Bréfritari: Jakobína Jónsdóttir
Viðtakandi: Sólveig Jónsdóttir
Dagsetning: A-1858-08-23
Skrifað á: Hólmum  S-Múl.
systir bréfviðtakanda

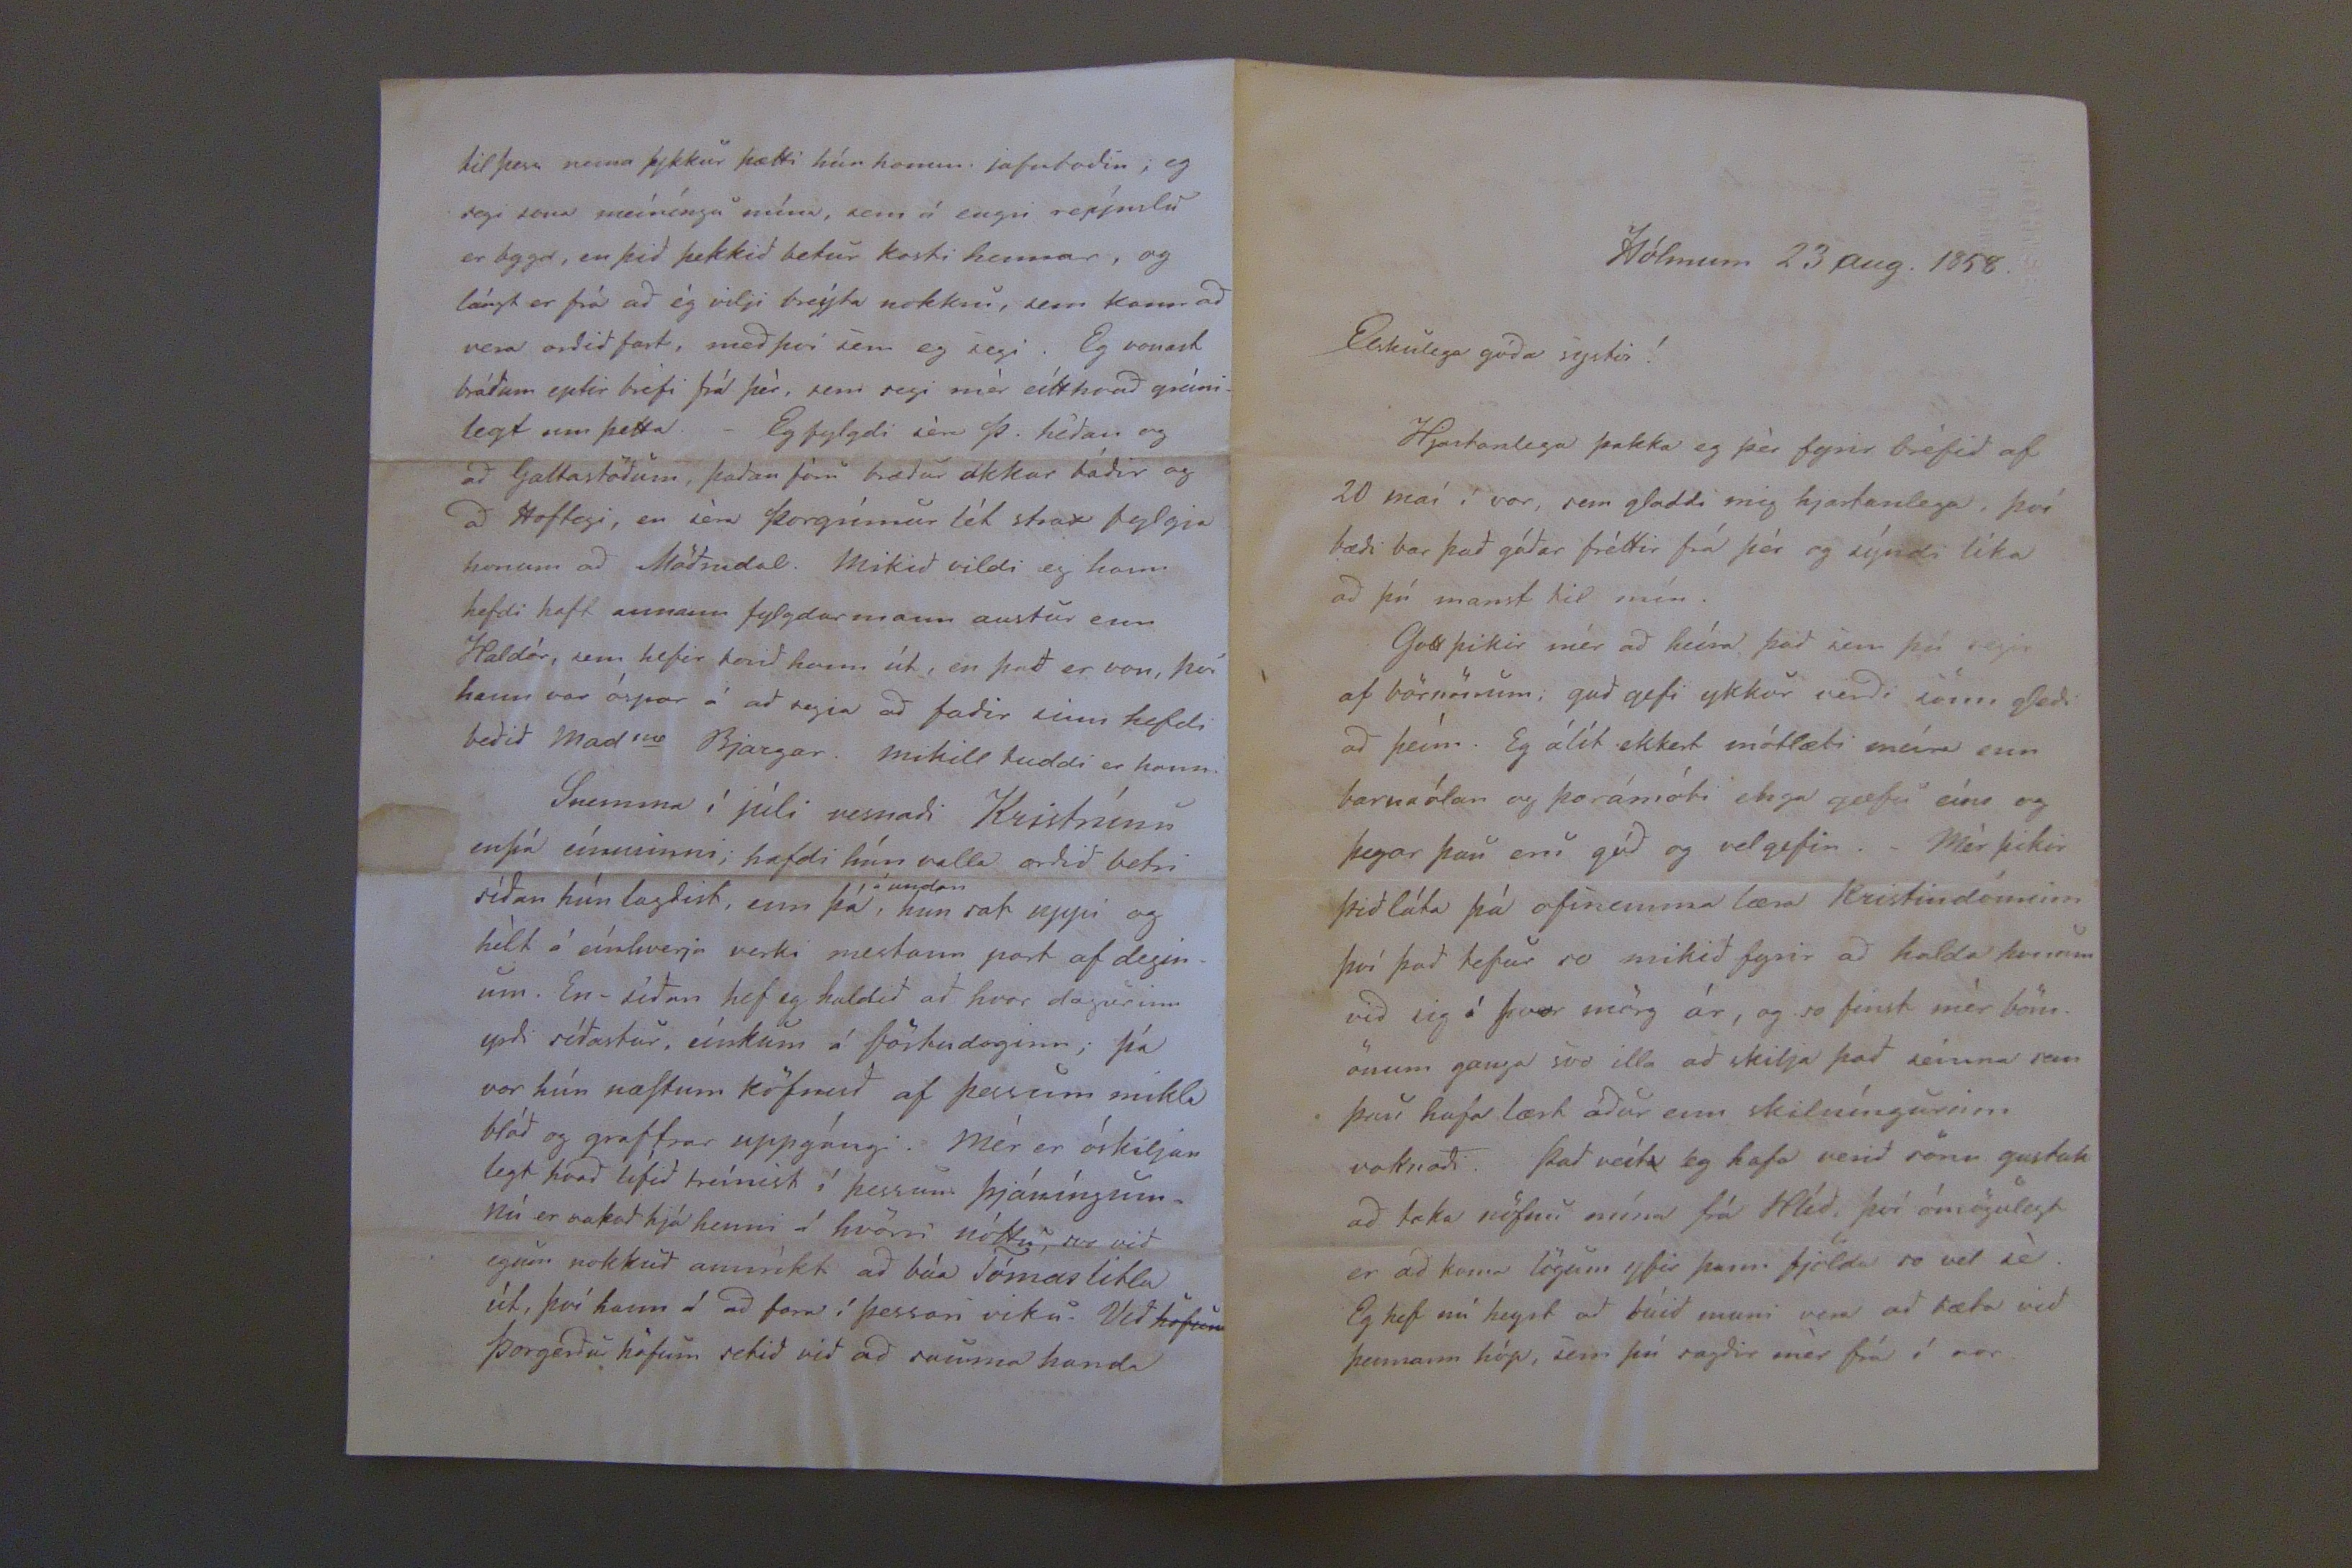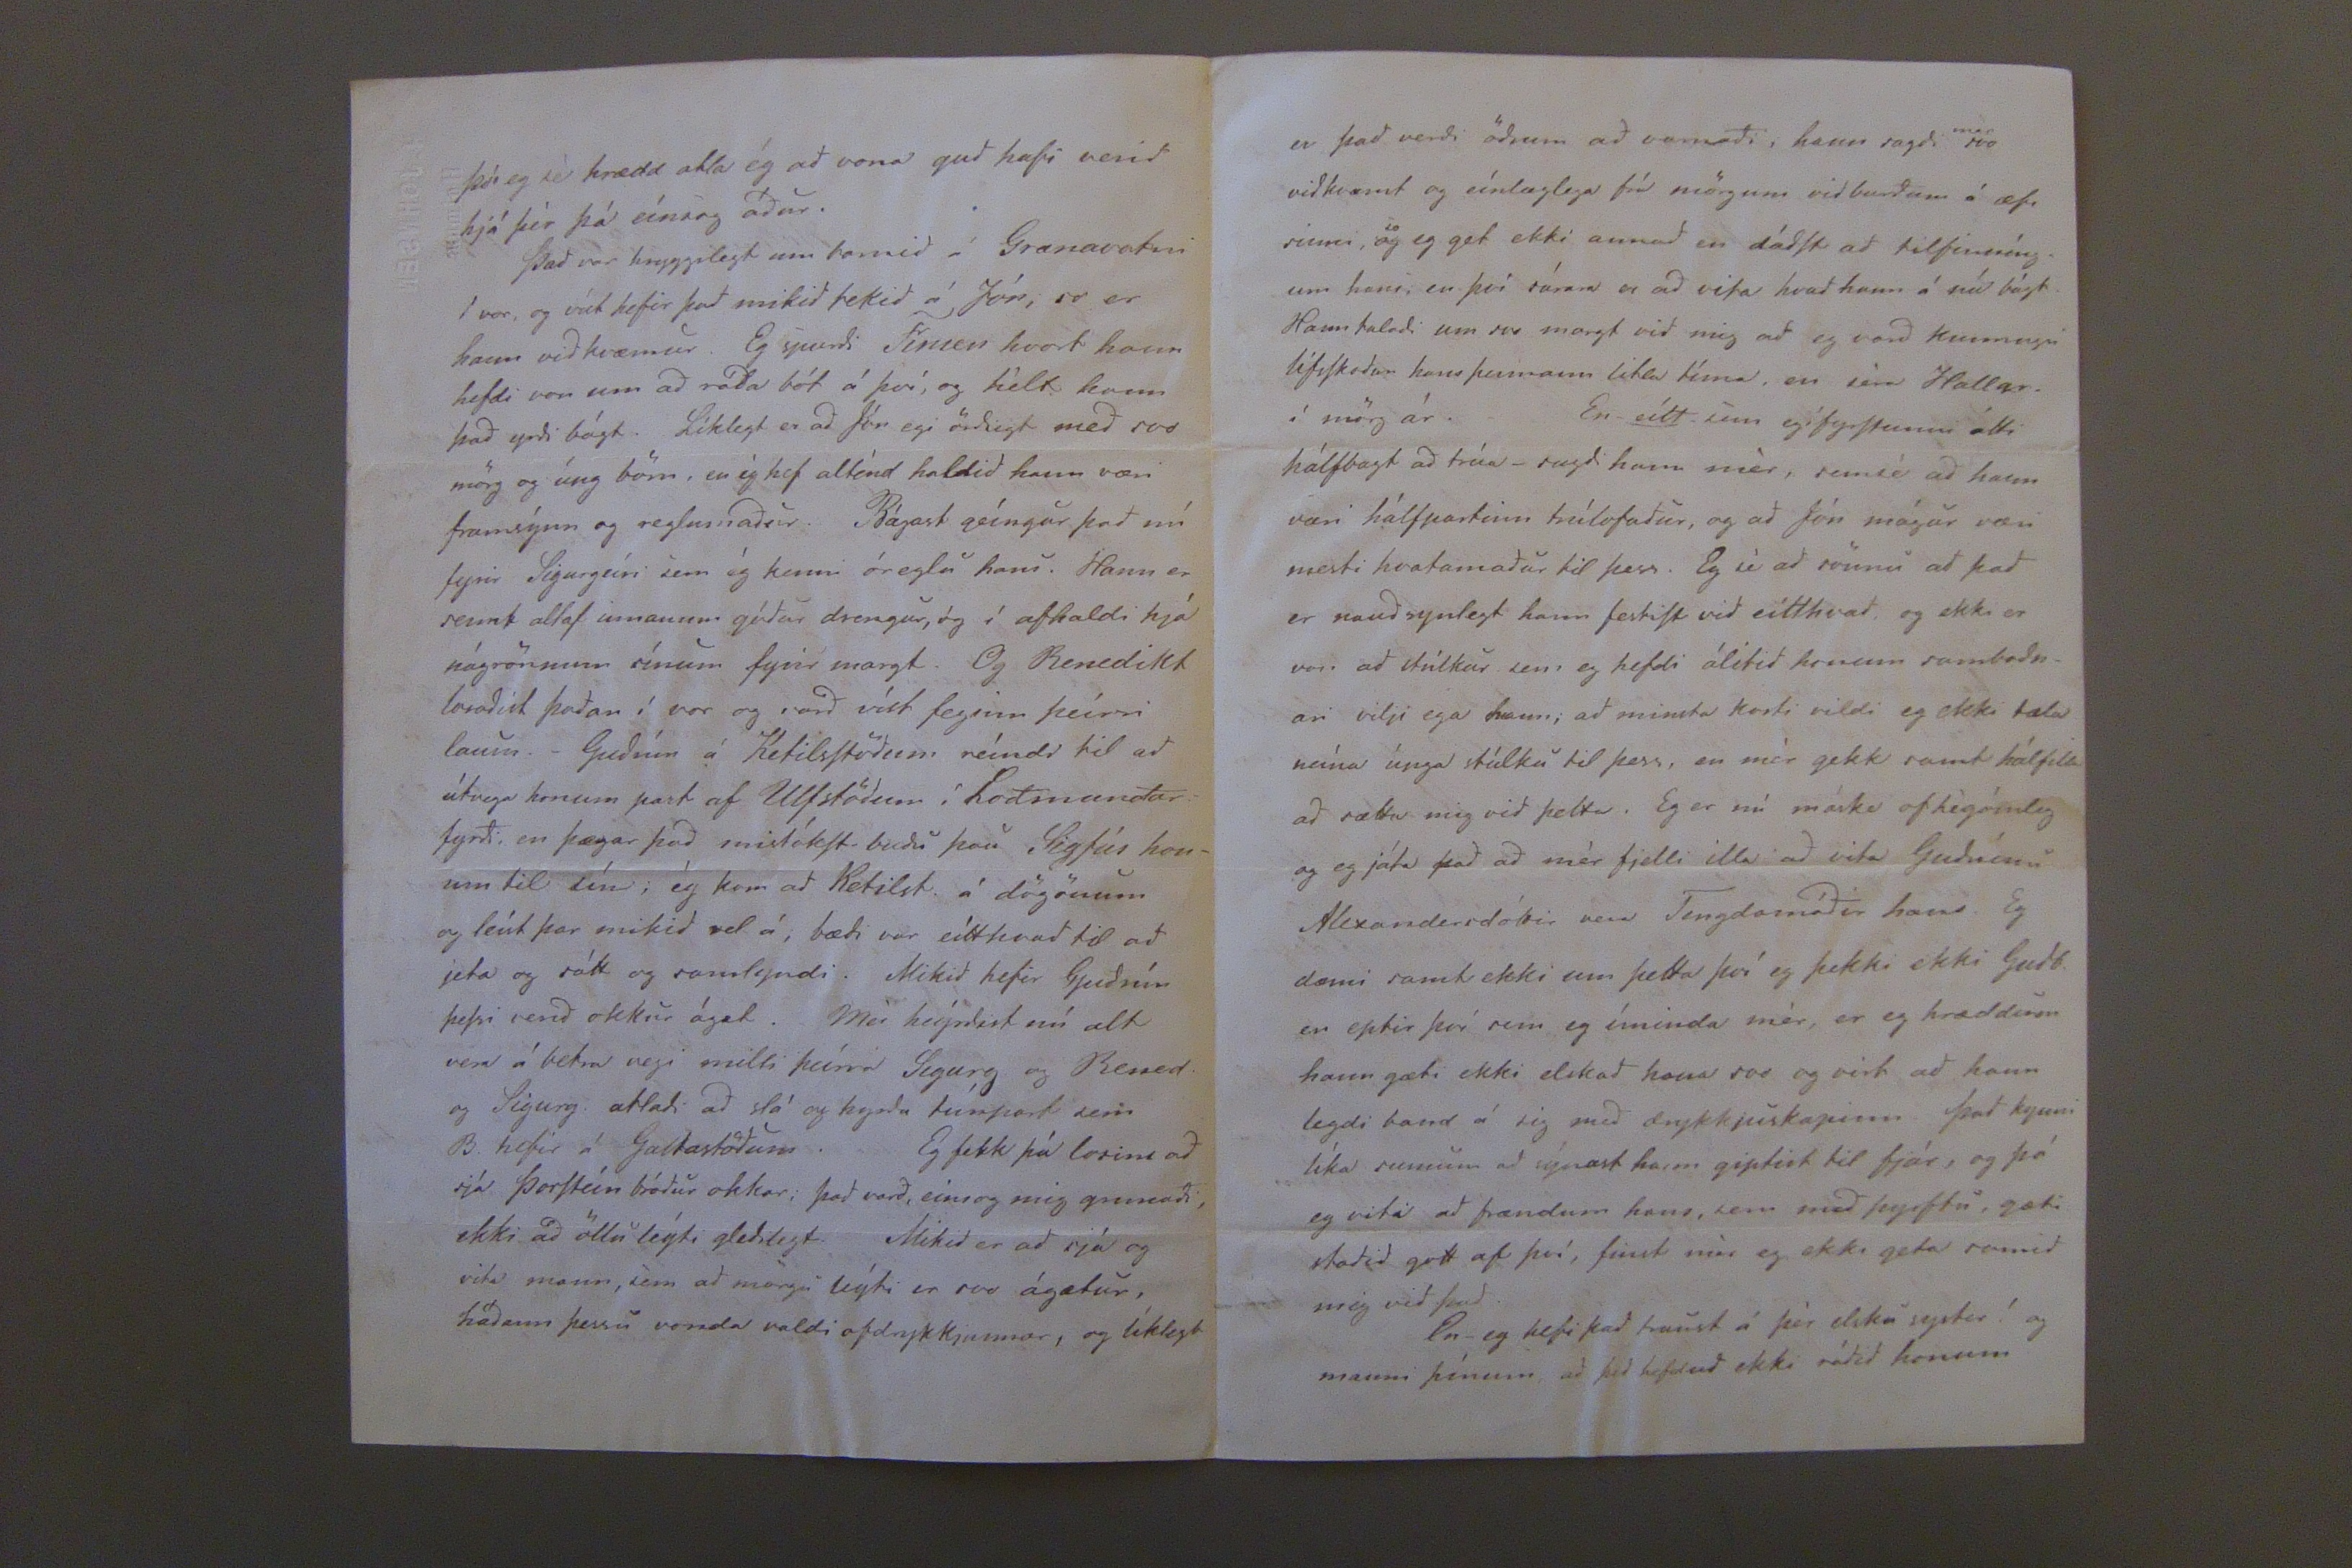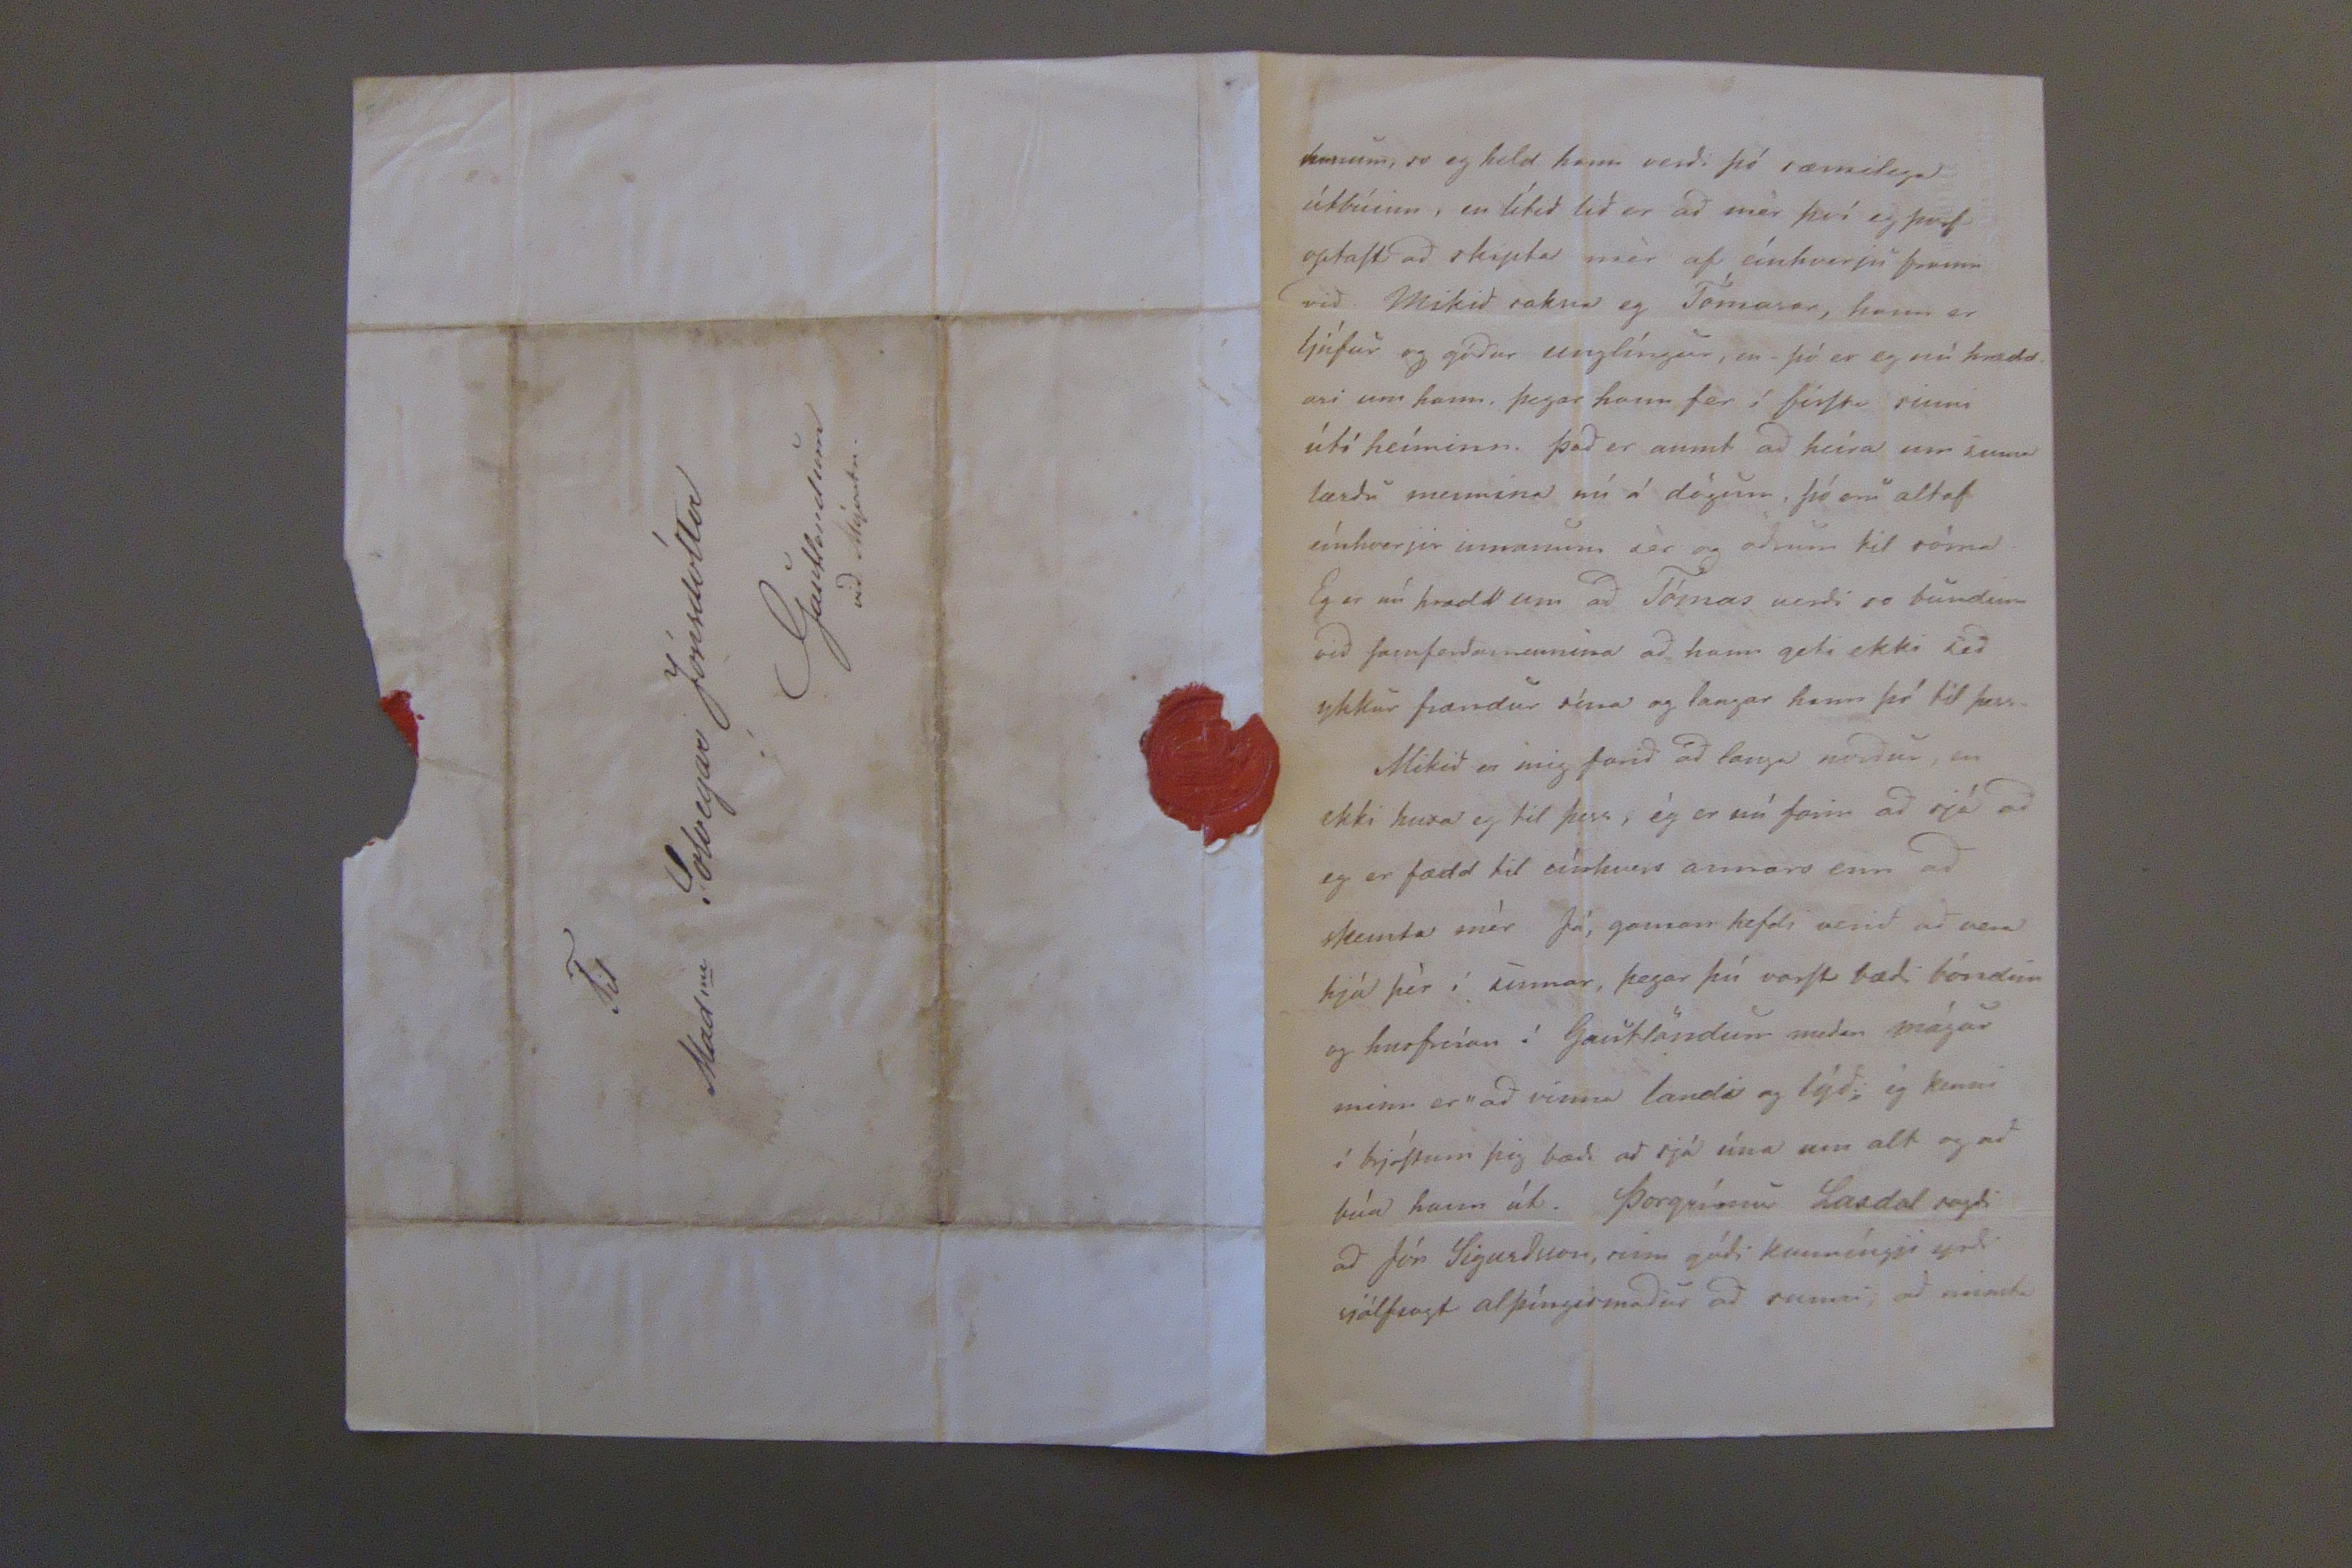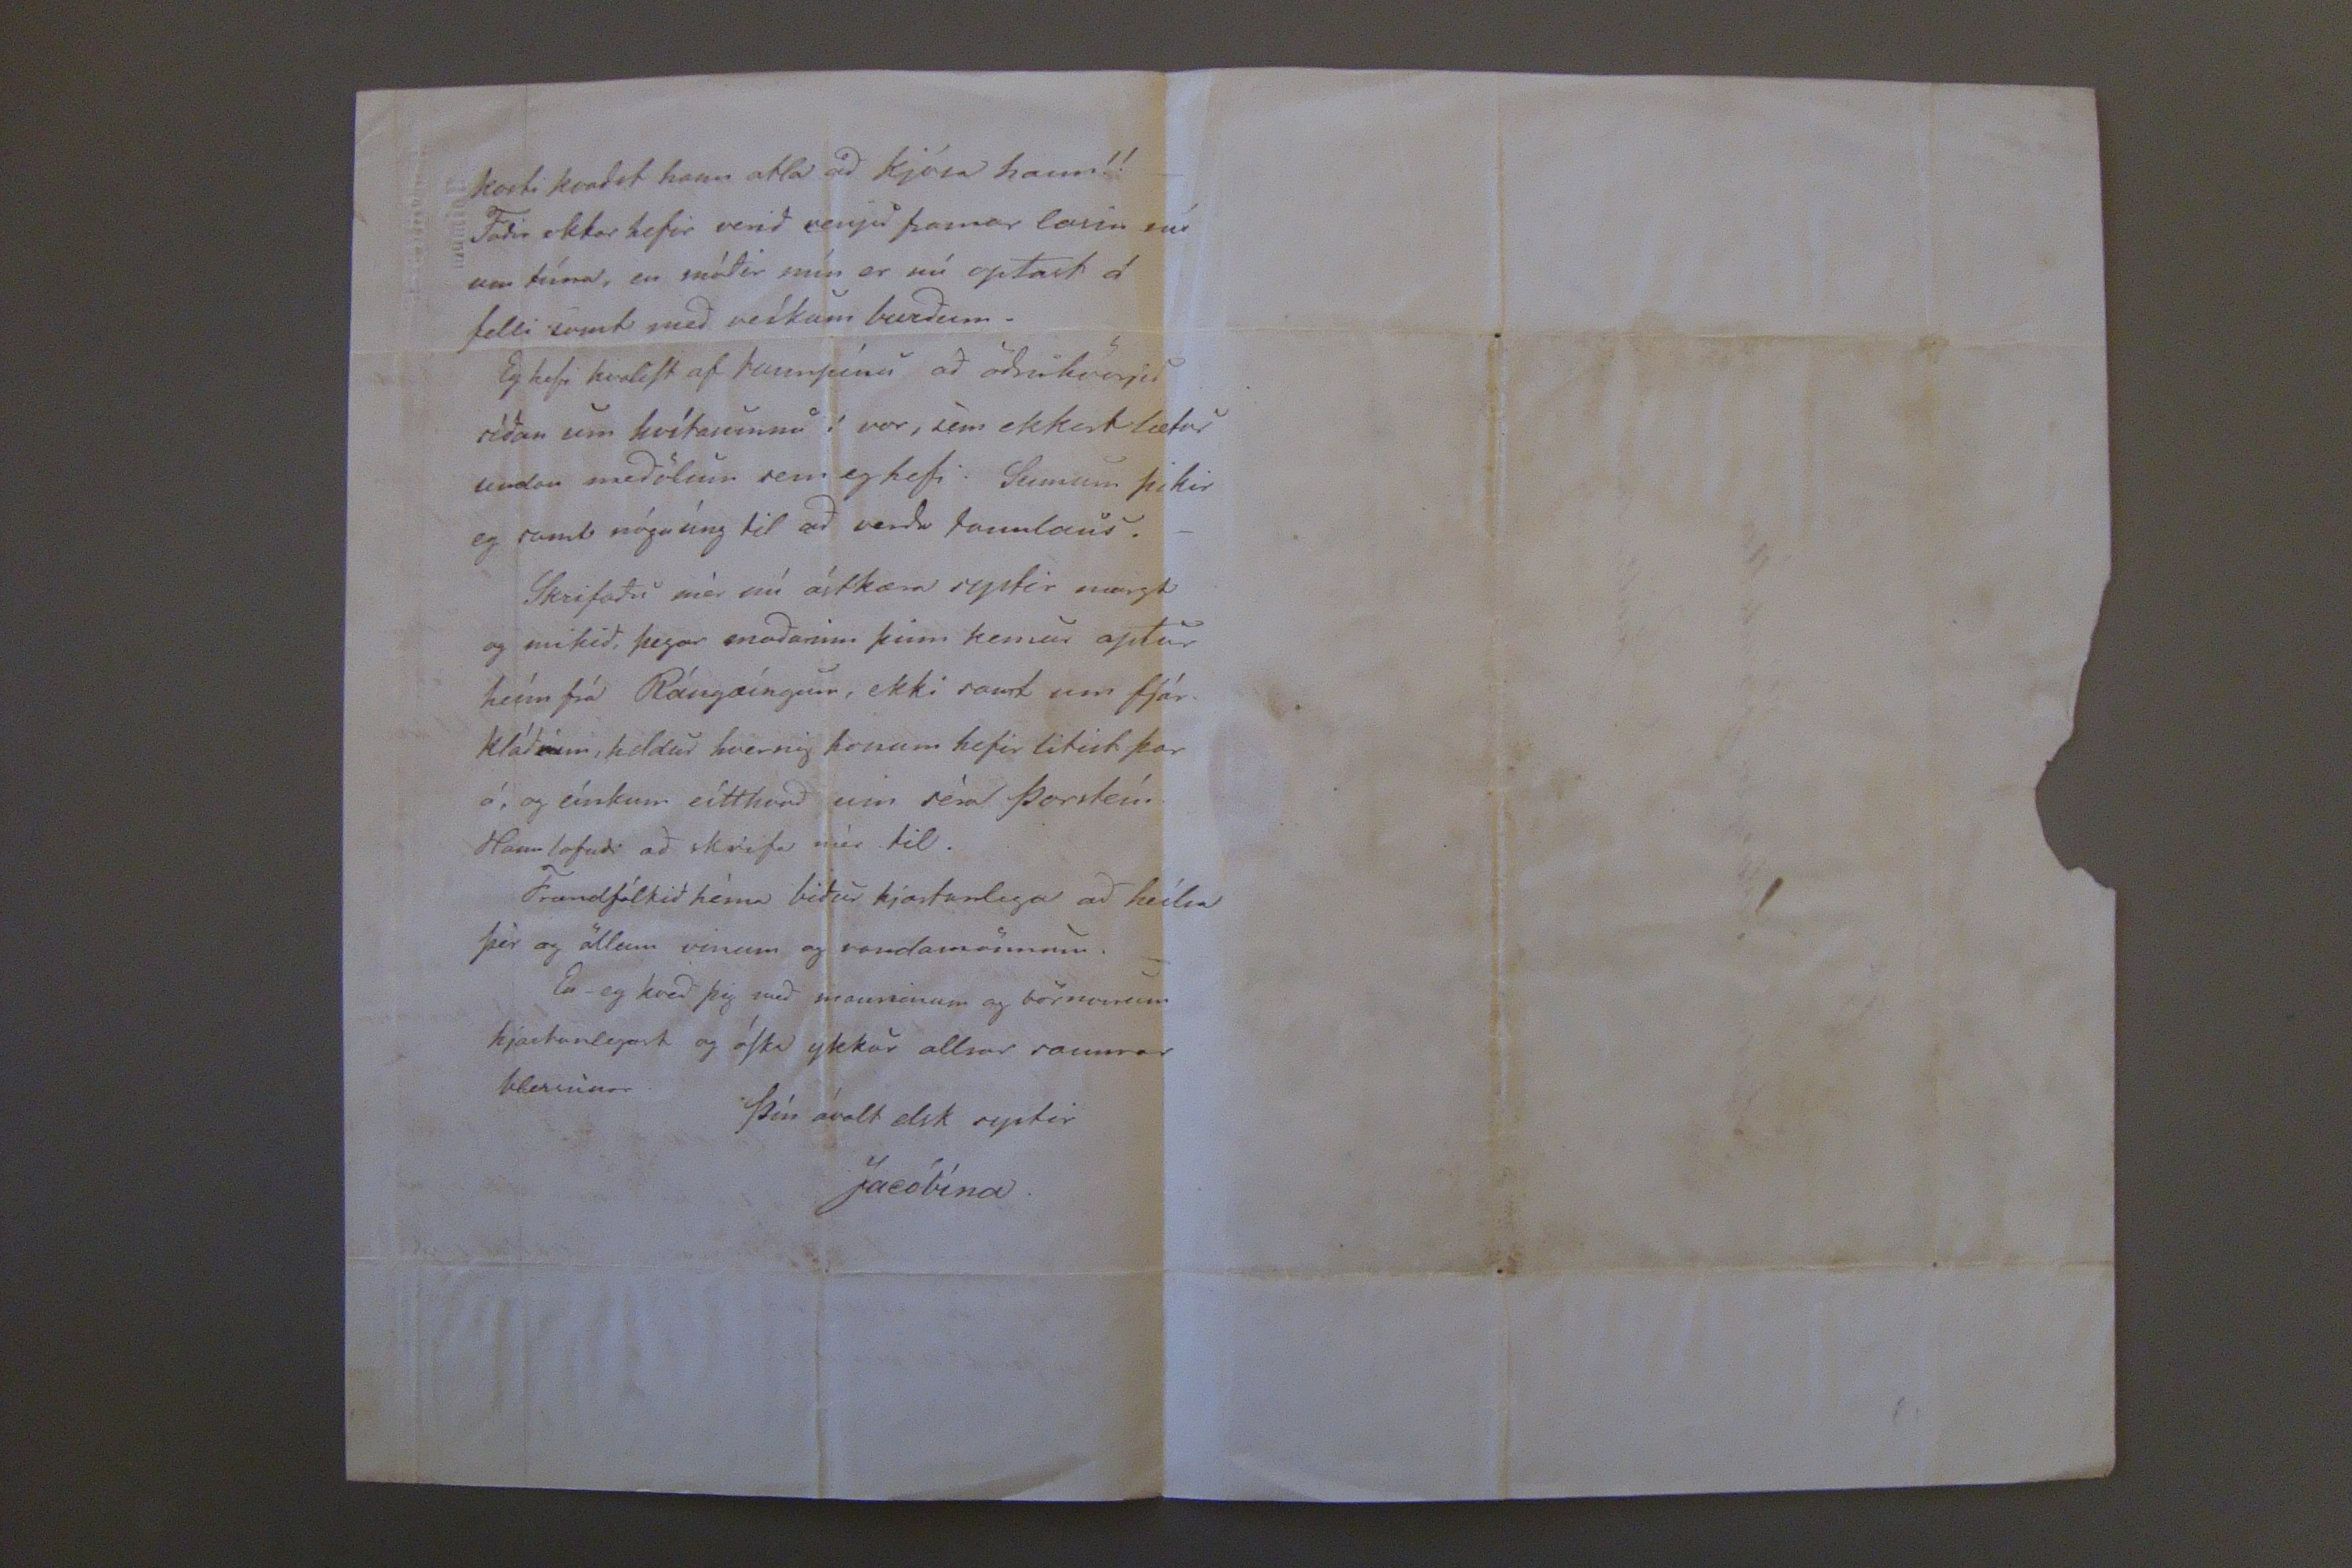

Hólmum 23 aug. 1858.
Elskulega góda systir!
Hjartanlega þakka eg þér bréfid af 20 maí í vor, sem gladdi mig hjartanlega, því bædi bar þad gódar fréttir frá þér og sýndi líka ad þú manst til mín.
Gott þikir mér ad heíra þad sem þú segir af börnönum; gud gefi ykkur versi sönn gledi ad þeím. Eg álít ekkert mótlæti meíra enn barnsálan og þarámóti enga gæfu eíns og þegar þau eru gód og velgefin. -Mér þikir þidláta þá ofsnemma læra Kristindóminn því þad hefur so mikid fyrir ad halda honum vid sig í hve mörg ár, og so finst mér börnönum ganga svo illa ad skilja þad seinna sem þau hafa lært ádur enn skilníngurinn vaknadi. Þad veít eg hafa verid sönn gestak ad taka nöfnu mína frá Hlíd, því ómögulegt er ad koma lögum yfir þann fjölda so vel sé. Eg hef nú heyrt ad búid muni vera ad bæta vid þennann hóp, sem þú sagdir mér frá í vor.
Þó eg sé hrædd ætla ég ad vona gud hafi verid hjá þér þá eínsog ádur.
Þad var hryggilegt um barnid á Grænavatni í vor, og víst hefir þad mikid tekid á Jón, so er hann vidkvæmur. Eg spurdi Finsen hvort hann hefdi von um ad ráda bót á því, og hélt hann þad yrdi bágt. Líklegt er ad Jón egi ördugt med svo mörg og úng börn, en ég hef altínd haldid hann væri framsýnn og reglumadur. Bágast geíngur þad nú fyrir Sigurgeíri sem ég kenni óreglu han. Hann er samt altaf innanum gódur drengur, óg í afhaldi hjá nágrönnum sínum fyrir margt. Og Benedikt losadist þadan í vor og vard víst feginn þeírri lausu. - Gudrún á KetilsStödum reíndi til ad útvega honum part af Ulfstödum í Lodmundarfyrdi en þegar þad mistókSt budu þau Sigfús honum til sín; ég kom ad Ketilst. á dögönum og leíst þar mikid vel á, bædi var eítthvad til ad jeta og, sátt og samlyndi. Mikid hefir Gudrún þeSsi verid okkur ágæt. Mér heýrdist nú alt vera á betra vegi milli þeírra Sigurg og Bened. og Sigurg. ætladi ad slá og hyrda túnpart sem B. hefir á Galtastödum. Eg fekk þá loxins ad sjá ÞorSteín bródur okkar; þad vard, einsog mig grunadi, ekki a öllu leýti gledilegt. Mikid er ad sjá og vita mann sem ad mörgu leýti er svo ágætur, hádann þessu vonda valdi ofdrykkjunnar, og líklegt
til þess núna þykkur þætti hún honum jafnbodin; eg segi sona meíníngu mína, sem á engri reýnslu er ógga, en þid þekkid betur kosti hennar, og lángt er frá ad ég vilji breýta nokkru, sem kann ad vera ordid fast, med því sem eg segi. Eg vonast brádum eptir bréfi frá þér, sem segi mér eítthvad greínilegt um þetta. -Eg fylgdi séra Þ. hédan og ad Galtastödum, þadan fóru brædur okkar bádir og ad Hoftegi, en séra Þorgrímur lét strax fylgja honum ad Mödrudal. Mikid vildi eg hann hefdi haft annann fylgdarmann austur enn Haldór, sem hefir vborid hann út, en þad er von, því hann var óspor á ad segja ad fadir sinn hefdi bedid madm Bjargar. mikill tuddi er hann.
Snemma í júli vesnadi Kristrúnu enþá eínusinni; hafdi hún valla ordid betri sídan hún lagdist, enn þá
á undan
, hún sat uppi og hélt á eínhverja verki mistann part af deginum. En -sídan hef eg haldid ad hvor dagurinn yrdi sídastur, eínkum á föstudaginn; þá var hún næStum köfnud af þessum mikla blód og graftrar uppgángi. Mér er óskiljan legt hvad lífid
reínist
í þessum þjáníngum. Nú er rakad hjá henni á hvörri nóttu, svo vid egum nokkud annríkt ad búa Tómas litla út, því hann á ad fara í þessari viku. Vid
höfum
Þorgerdur höfum setid vid ad sauma handa
er þad verdi ödrum ad vamódi, hann sagdi
mér
svo vidkvæmt og eínlæglega frá mörgum vidburdum á æfi sinni, og
so
eg get ekki annad en dádSt ad tilfinníngum hans, en því sárara er ad vita hvad hann á nú bágt. Hann taladi um svo margt vid mig ad eg vard kunnugri lífsSkodun hans þennann litla tíma, en séra Hallgr. í mörg ár. En
eítt
sem eg í fyrStunni átti hálfbagt ad trúa - sagdi hann mér, semsé ad hann væri hálfpartinn trúlofadur, og ad Jón mágur væri mesti hvatamadur til þess. Eg sé ad sönnu ad þad er naudsynlegt hann gestiSt vid eítthvad og ekki er von ad stúlkur sem eg hefdi álitid honum sambodnari vilji ega hann; ad minsta kosti vildi eg ekki tæla neína únga stúlku til þess, en mér gekk raunar hálfila ad sætta mig vid þetta. Eg er nú máske of hégómleg og eg játa þad ad mér fjelli illa ad via Gudrúnu Alexandersdóttir vera Tengdamódir hans. Eg dæmi samt ekki enn þetta því eg þekki ekki Gudb. en eptir því sem eg íminda mér, er eg hræddum hann gæti ekki elskad hana svo eg veit ad hann legdi hana á sig med drykkjuskapinn. Þad kynni líka raunum ad sýnast hann giptist til fjár, og þó ég viti ad frændum hans, sem med þyrftu, gæti stadid gott af því, finst mér eg ekki geta samid mig vid þad.
En eg hefi þad traust á þér elsku systir! og manni þínum ad þid hefdudu ekki rádid honum
honum, so eg held hann verdi þó sæmilega útbúinn, en lítid lid er ad mér því eg þarf optaSt ad skipta mér af eínhverju frami vid. Mikid sakna eg Tómasar, hann er ljúfur og gódur unglíngur, en þó er eg nú hræddari um hann, þegar hann fer í firSta sinni útí heíminn. Þad er aumt ad heíra um suma lærdu mennina nú á dögum, þó eru altaf eínhverjir innanum sér og ödrum til sóma. Eg er nú hrædd um ad Tómas verdi so bundinn vid Samferdamennina ad hann geti ekki sed ykkur frændur sína og langar hann þó til þess.
Mikid er mig farid ad langa nordur, en ekki huxa eg til þess; ég er nú farin ad sjá ad eg er fædd til eínhvers annars enn ad skemta mér þó. gaman hefdi verid ad vera hjá þér í sumar, þegar þú varSt bædi bóndin og husfreían í Gautlöndum medan mágur minn er "ad vinna landi og lýd, ég kunni í brjóStum þig bædi ad sjá eína um alt og ad búa hann út. Þorgrímur Laxdal sagdi ad Jón Sigurdsson, min gódi kunníngji yrdi sjálfsagt alþíngismadur ad sanni, ad minsta
kosti kvadst hann ætla ad kjósa hann!! Fadir okkar hefir verid venju framar lasin nú um tíma, en módir mín er nú optast á felli samt med veíkum burdum.
Eg hefi kvaliSt af tannpínu ad ödrukverju sídan um hvítasunnu í vor, sem ekkert lætur undan medölum sem eg hefi. Sumum þikir eg samt nógu úng til ad verda tannlaus,-
Skrifadu mér nú ástkæra systir margt og mikid, þegar madurinn þinn kemur aptur heím frá Rángæíngum, ekki samt um fjárkládann, heldur hvernig honum hefir litist þar á, og eínkum eítthvad um séra Þorsteín. Hann lofadi ad skrifa mér til.
Frændfólkid hérna bidur hjartanlega ad heílsa þér og öllum vinum og vandamönnum.
En -eg kved þig med manninum og börnonum hjartanlegast og óSka ykkur allrar sannrar blessunar
Þín ávalt elsk systir
Jacóbína.
Til
Mad
m
Solveigar Jónsdóttur
á/
Gautlöndum
við Mývatn.